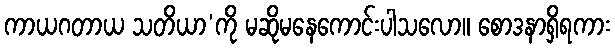
ကာယဂတာယ သတိယာ’ကို မဆိုမနေကောင်းပါသလော။ စောဒနာရှိရကား